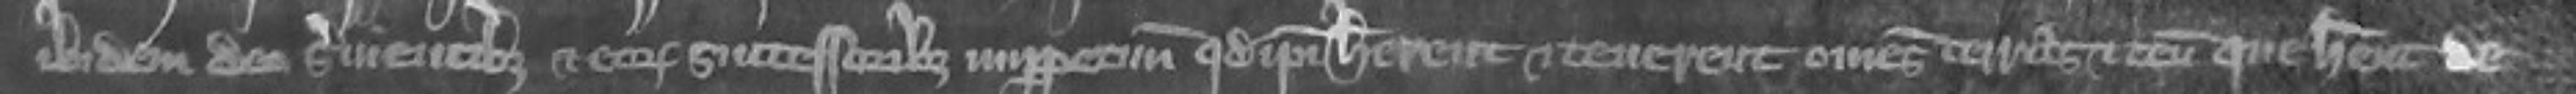
ibidem deo servientibus et eorum successoribus imperpetuum quod ipsi haberent et tenerent omnes terras et tenementa que habent de